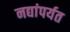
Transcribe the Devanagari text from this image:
नद्यांपर्यत